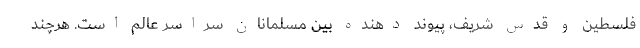
فلسطین و قدس شریف، پیوند دهنده بین مسلمانان سراسر عالم است. هرچند